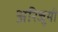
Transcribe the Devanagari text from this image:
अरिजुमी